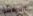
البروفسور